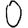
Digit: 0